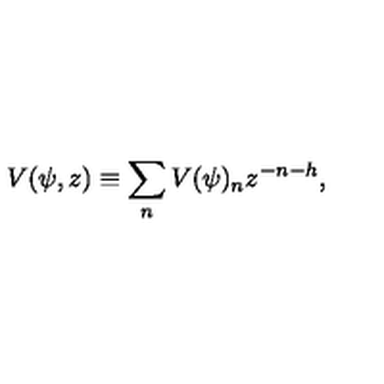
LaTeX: V ( \psi , z ) \equiv \sum _ { n } V ( \psi ) _ { n } z ^ { - n - h } ,